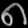
Digit: ၈